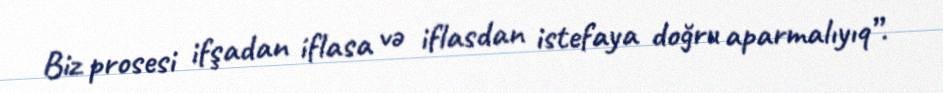
Biz prosesi ifşadan iflasa və iflasdan istefaya doğru aparmalıyıq”.